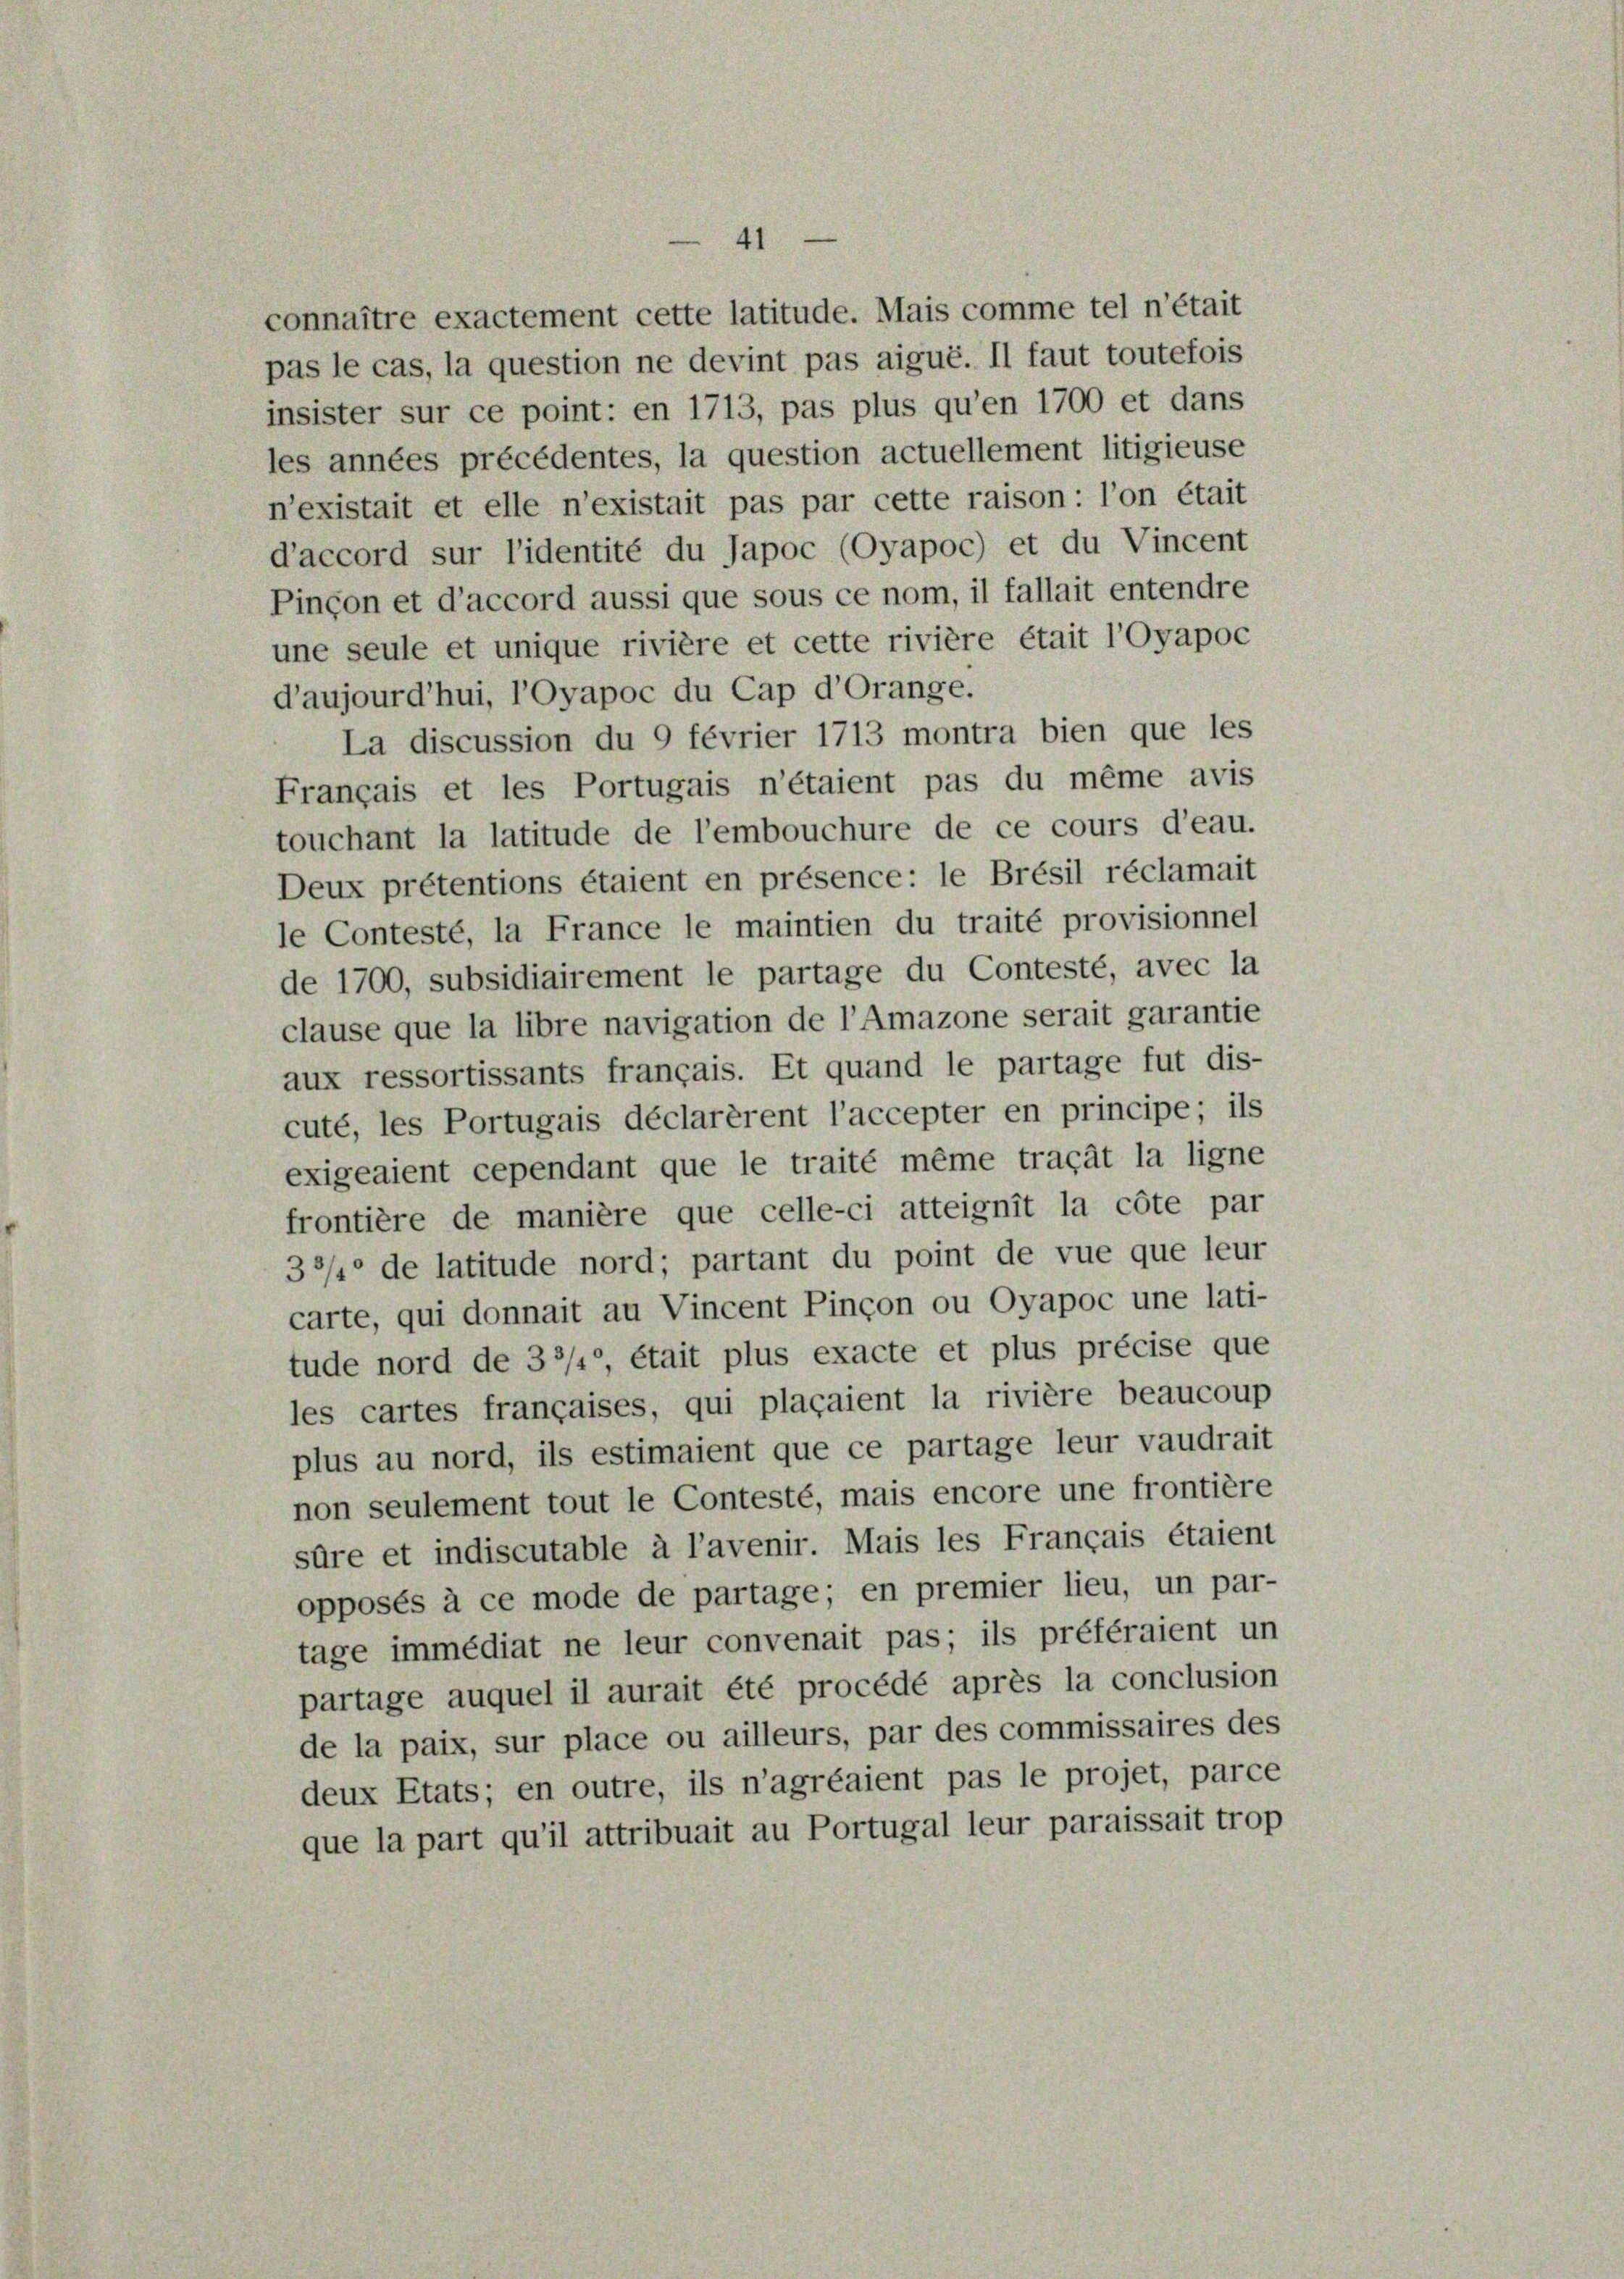
n’existait et elle n’existait pas par cette raison: l’on était
d’accord sur l’identité du Japoc (Oyapoc) et du Vincent
Pinçon et d’accord aussi que sous ce nom, il fallait entendre
une seule et unique rivière et cette rivière était l’Oyapoc
d’aujourd’hui, l’Oyapoc du Cap d’Orange.
La discussion du 9 février 1713 montra bien que les
Français et les Portugais n’étaient pas du même avis
touchant la latitude de l’embouchure de ce cours d’eau.
Deux prétentions étaient en présence: le Brésil réclamait
le Contesté, la France le maintien du traité provisionnel
de 1700, subsidiairement le partage du Contesté, avec la
clause que la libre navigation de l’Amazone serait garantie
aux ressortissants français. Et quand le partage fut dis-
cuté, les Portugais déclarèrent l’accepter en principe; ils
exigeaient cependant que le traité même tragät la ligne
frontière de manière que celle-ci atteignit la côte par
33/4° de latitude nord; partant du point de vue que leur
carte, qui donnait au Vincent Pinçon ou Oyapoc une lati-
tude nord de 33/4° était plus exacte et plus précise que
les cartes françaises, qui plaçaient la rivière beaucoup
plus au nord, ils estimaient que ce partage leur vaudrait
non seulement tout le Contesté, mais encore une frontière
sûre et indiscutable à l’avenir. Mais les Français étaient
opposés à ce mode de partage; en premier lieu, un par-
tage immédiat ne leur convenait pas; ils préféraient un
partage auquel il aurait été procédé après la conclusion
de la paix, sur place ou ailleurs, par des commissaires des
deux Etats; en outre, ils n’agréaient pas le projet, parce
que la part qu’il attribuait au Portugal leur paraissait trop

connaître exactement cette latitude. Mais comme tel n’était
pas le cas, la question ne devint pas aigué. Il faut toutefois
insister sur ce point: en 1713, pas plus qu’en 1700 et dans
les années précédentes, la question actuellement litigieuse